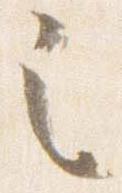
之